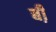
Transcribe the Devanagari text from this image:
बी़